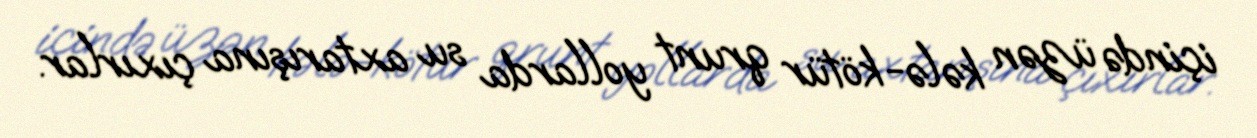
içində üzən kələ-kötür qrunt yollarda su axtarışına çıxırlar.